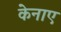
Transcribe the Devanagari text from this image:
केनाए